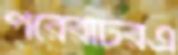
পরেরটিরএ